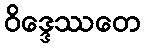
ဝိဒ္ဒေဿတေ